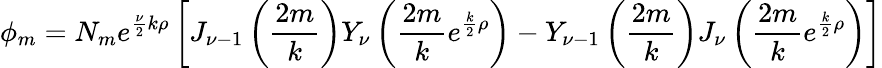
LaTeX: \phi_{m}=N_{m}e^{{\frac{\nu}{2}}k\rho}\left[J_{\nu-1}\left({\frac{2m}{k}}\right)Y_{\nu}\left({\frac{2m}{k}}e^{{\frac{k}{2}}\rho}\right)-Y_{\nu-1}\left({\frac{2m}{k}}\right)J_{\nu}\left({\frac{2m}{k}}e^{{\frac{k}{2}}\rho}\right)\right]